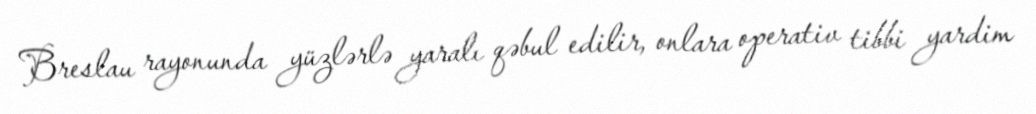
Breslau rayonunda yüzlərlə yaralı qəbul edilir, onlara operativ tibbi yardim